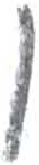
אות: ן